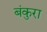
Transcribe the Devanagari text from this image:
बंकुरा